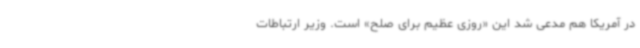
در آمریکا هم مدعی شد این «روزی عظیم برای صلح» است. وزیر ارتباطات